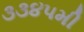
૩૩૪૫મી